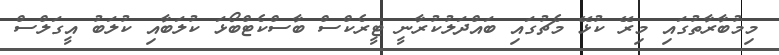
މިމުބާރާތުގައި މިރޭ ކުޅޭ މެޗުގައި ބައްދަލުކުރާނީ ޓީރެކްސް ބާސްކެޓްބޯޅަ ކުލަބާއި ކުލަބު އީގަލްސް